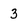
Character: 3